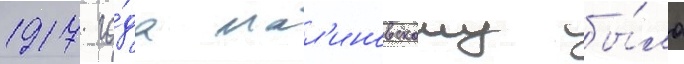
1917 го́да мал'иновскому бы́ло